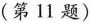
（第11题）